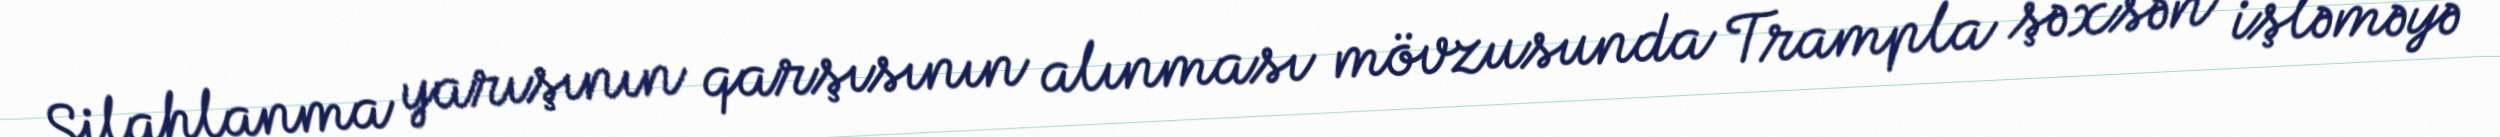
Silahlanma yarışının qarşısının alınması mövzusunda Trampla şəxsən işləməyə